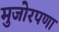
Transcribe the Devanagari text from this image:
मुजोरपणा